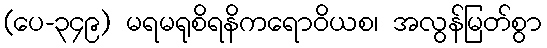
(ပေ-၃၄၉) မရမရုစိရနိကရောဝိယစ၊ အလွန်မြတ်စွာ